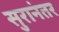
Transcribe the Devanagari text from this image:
सुरानंतर